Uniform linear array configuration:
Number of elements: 4
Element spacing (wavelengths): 0.25
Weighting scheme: binomial
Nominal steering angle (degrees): -15
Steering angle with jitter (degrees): -16.222
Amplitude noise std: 0.05
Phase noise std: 0.05

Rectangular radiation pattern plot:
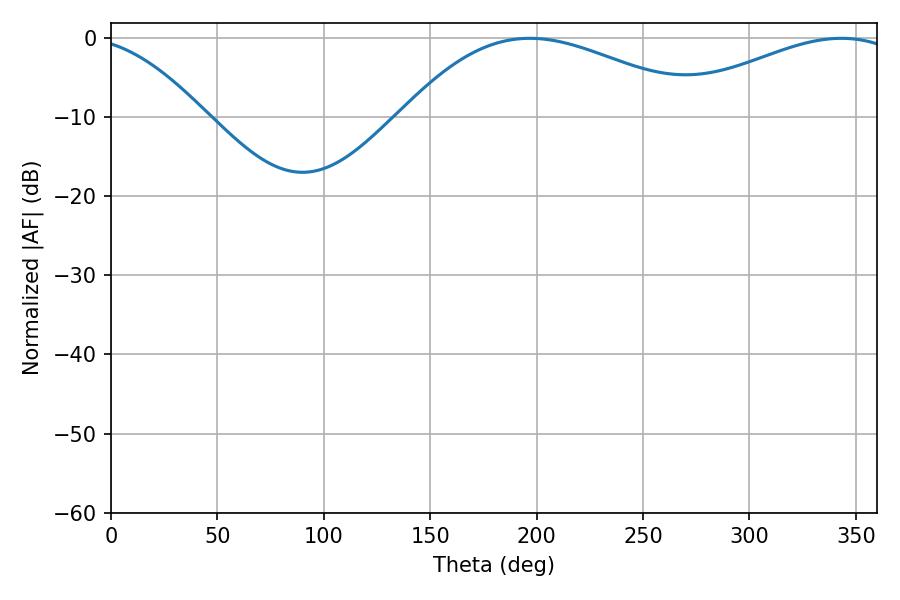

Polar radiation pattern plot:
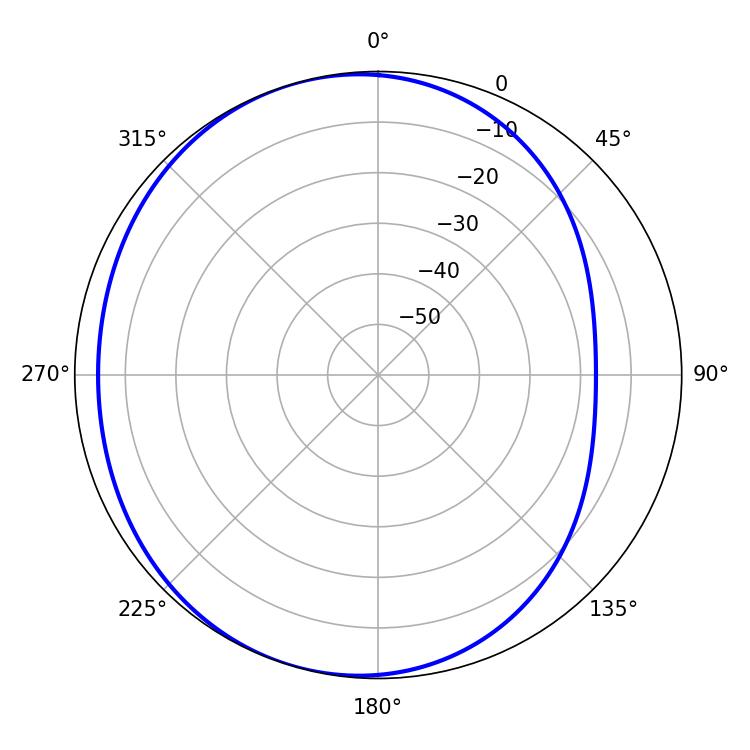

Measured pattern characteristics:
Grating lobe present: FALSE
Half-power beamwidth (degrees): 77.76
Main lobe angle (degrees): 196.74